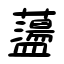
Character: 蘯